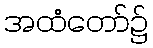
အထံတော်၌